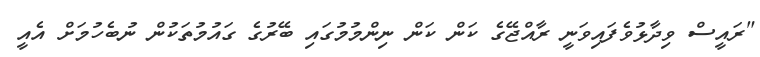
"ރައީސް ވިދާޅުވެފައިވަނީ ރާއްޖޭގެ ކަން ކަން ނިންމުމުގައި ބޭރުގެ ގައުމުތަކުން ނުބެހުމަށް އެއީ